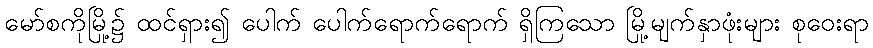
မော်စကိုမြို့၌ ထင်ရှား၍ ပေါက် ပေါက်ရောက်ရောက် ရှိကြသော မြို့မျက်နှာဖုံးများ စုဝေးရာ